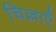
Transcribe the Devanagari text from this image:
चिल्लाएँ